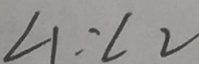
\angle 1 : \angle 2